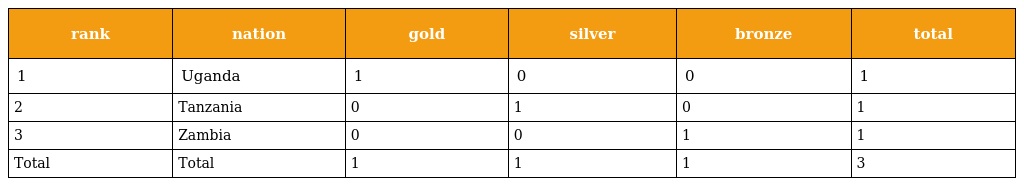
| rank | nation | gold | silver | bronze | total |
 | --- | --- | --- | --- | --- | --- |
 | 1 | Uganda | 1 | 0 | 0 | 1 |
 | 2 | Tanzania | 0 | 1 | 0 | 1 |
 | 3 | Zambia | 0 | 0 | 1 | 1 |
 | Total | Total | 1 | 1 | 1 | 3 |